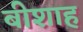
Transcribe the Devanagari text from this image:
बीशाह